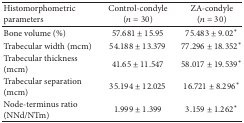
<table><thead><tr><td><b>Histomorphometric parameters</b></td><td><b>Control-condyle (<i>n</i> = 30)</b></td><td><b>ZA-condyle (<i>n</i> = 30)</b></td></tr></thead><tbody><tr><td>Bone volume (%)</td><td>57.681 ± 15.95</td><td>75.483 ± 9.02*</td></tr><tr><td>Trabecular width (mcm)</td><td>54.188 ± 13.379</td><td>77.296 ± 18.352*</td></tr><tr><td>Trabecular thickness (mcm)</td><td>41.65 ± 11.547</td><td>58.017 ± 19.539*</td></tr><tr><td>Trabecular separation (mcm)</td><td>35.194 ± 12.025</td><td>16.721 ± 8.296*</td></tr><tr><td>Node-terminus ratio (NNd/NTm)</td><td>1.999 ± 1.399</td><td>3.159 ± 1.262*</td></tr></tbody></table>